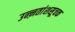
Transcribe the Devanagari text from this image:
उन्ऩतांशसूचक